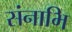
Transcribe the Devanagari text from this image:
संनाभि